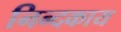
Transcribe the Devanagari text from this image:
निन्दकाय